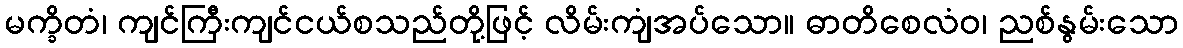
မက္ခိတံ၊ ကျင်ကြီးကျင်ငယ်စသည်တို့ဖြင့် လိမ်းကျံအပ်သော။ ဓာတိစေလံဝ၊ ညစ်နွမ်းသော